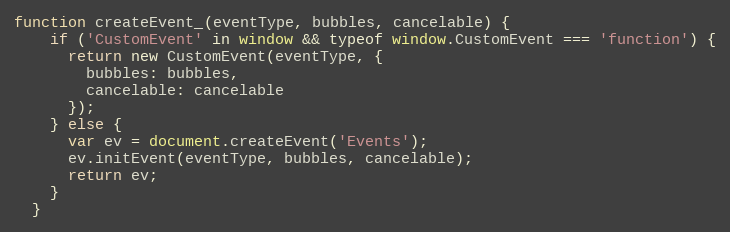
Language: JavaScript
function createEvent_(eventType, bubbles, cancelable) {
    if ('CustomEvent' in window && typeof window.CustomEvent === 'function') {
      return new CustomEvent(eventType, {
        bubbles: bubbles,
        cancelable: cancelable
      });
    } else {
      var ev = document.createEvent('Events');
      ev.initEvent(eventType, bubbles, cancelable);
      return ev;
    }
  }